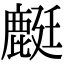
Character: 𪊶